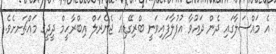
އެ މައްސަލާގައި ދެން ދައުވާ އުފުލާފައިވަނީ ބްރިގޭޑިއަ ޖެނެރަލް އިބްރާހީމް ދީދީގެ މައްޗަށށެވެ.